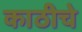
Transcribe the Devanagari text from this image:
काठीचे